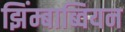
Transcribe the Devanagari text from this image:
झिंम्बाब्वियन